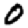
Digit: 0